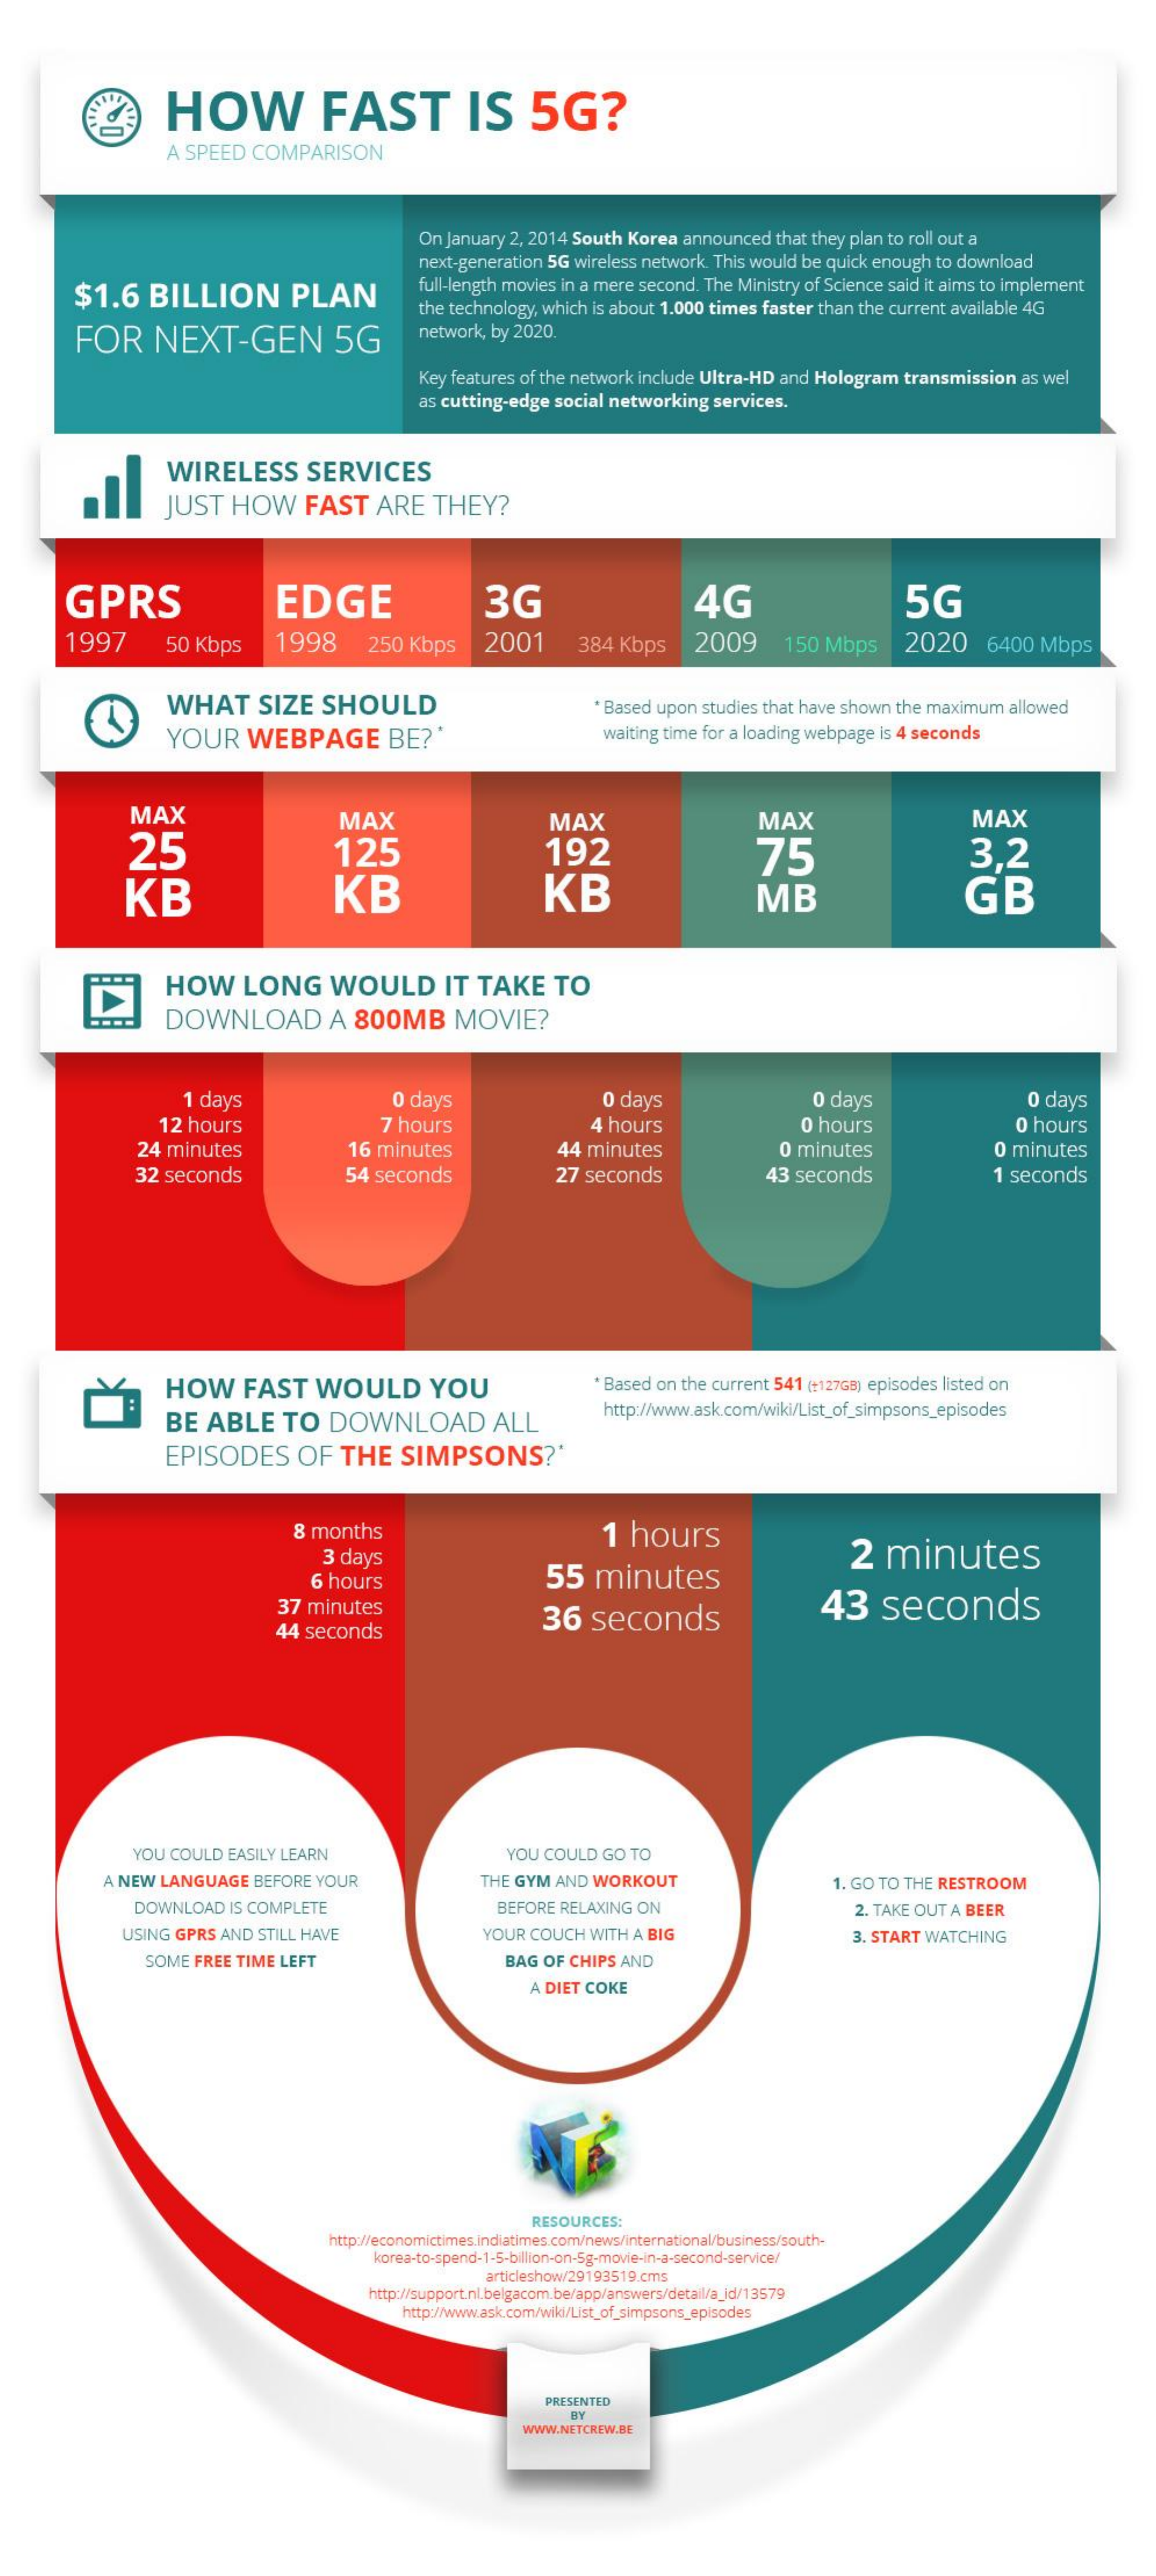
HOW    FAST    IS   5G?
     A SPEED COMPARISON
     On January 2, 2014 South Korea announced that they plan to roll out a
     next-generation 5G wireless network. This would be quick enough to download
     $1.6  BILLION    PLAN    full-length movies in a mere second. The Ministry of Science said it aims to implement
     FOR   NEXT-GEN    5G
     the technology, which is about 1.000 times faster than the current available 4G
     network, by 2020.
     Key features of the network include Ultra-HD and Hologram transmission as wel
     as cutting-edge social networking services.
     WIRELESS   SERVICES
     JUST  HOW   FAST  ARE  THEY?
     GPRS    EDGE    3G    4G    5G
     1997    50 Kbps  1998    250 Kbps  2001    384 Kbps  2009   150 Mbps   2020  6400 Mbps
     WHAT   SIZE  SHOULD    Based upon studies that have shown the maximum allowed
     YOUR  WEBPAGE    BE ?*    waiting time for a loading webpage is 4 seconds
     MAX    MAX    MAX    MAX    MAX
     25    125    192
     KB
     75    3,2
     KB    KB    MB    GB
     HOW   LONG   WOULD    IT TAKE   TO
     DOWNLOAD    A 800MB    MOVIE?
     1 days    0 days    0 days    0 days    0 days
     12 hours    7 hours    4 hours    0 hours    0 hours
     24 minutes    16 minutes    44 minutes    0 minutes    0 minutes
     32 seconds    54 seconds    27 seconds    43 seconds    1 seconds
     HOW   FAST  WOULD    YOU    * Based on the current 541 (+127GB) episodes listed on
     BE  ABLE  TO  DOWNLOAD    ALL    http://www.ask.com/wiki/List_of_simpsons_episodes
     EPISODES  OF  THE   SIMPSONS?'
     8 months    1 hours
     3 days
     55  minutes
     2  minutes
     6 hours
     37 minutes
     36  seconds    43   seconds
     44 seconds
     YOU COULD EASILY LEARN    YOU COULD GO TO
     A NEW LANGUAGE BEFORE YOUR    THE GYM AND WORKOUT    1. GO TO THE RESTROOM
     DOWNLOAD IS COMPLETE    BEFORE RELAXING ON    2. TAKE OUT A BEER
     USING GPRS AND STILL HAVE    YOUR COUCH WITH A BIG    3. START WATCHING
     SOME FREE TIME LEFT    BAG OF CHIPS AND
     A DIET COKE
     RESOURCES:
     http://economictimes.indiatimes.com/news/international/business/south-
     korea-to-spend-1-5-billion-on-5g-movie-in-a-second-service/
     articleshow/29193519.cms
     http://support.nl.belgacom.be/app/answers/detail/a_jd/13579
     http://www.ask.com/wiki/List_of_simpsons_episodes
     PRESENTED
     WWW.NETCREW.BE
     BY